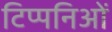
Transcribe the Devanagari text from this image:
टिप्पनिओं